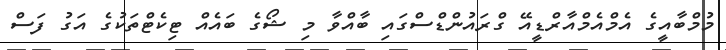
މުމްބާއީގެ އެމްއެމްއާރްޑީއޭ ގްރައުންޑްސްގައި ބާއްވާ މި ޝޯގެ ބައެއް ޓިކެޓްތަކުގެ އަގު ފަސް